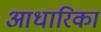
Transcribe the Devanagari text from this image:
आधारिका